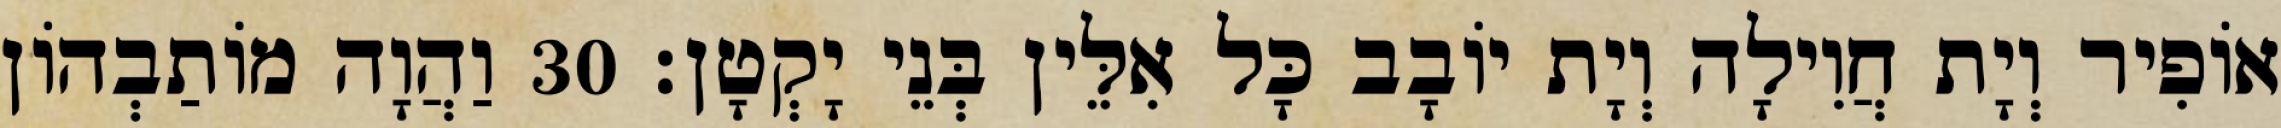
אוֹפִיר וְיָת חֲוִילָה וְיָת יוֹבָב כָּל אִלֵּין בְּנֵי יָקְטָן׃ 30 וַהֲוָה מוֹתַבְהוֹן